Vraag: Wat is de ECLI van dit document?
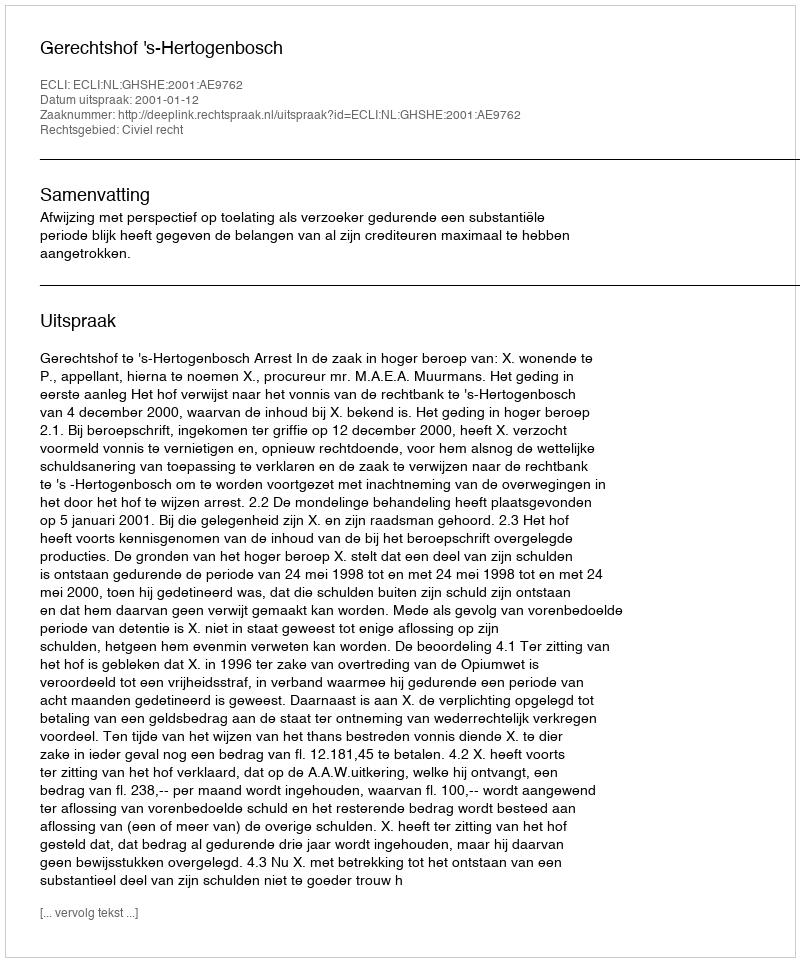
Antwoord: ECLI:NL:GHSHE:2001:AE9762